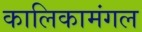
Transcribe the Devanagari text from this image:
कालिकामंगल